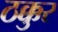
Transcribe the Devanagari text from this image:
ठक्कुर